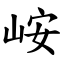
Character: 峖